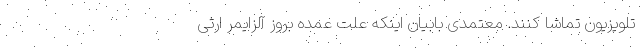
تلویزیون تماشا کنند. معتمدی بابیان اینکه علت عمده بروز آلزایمر ارثی